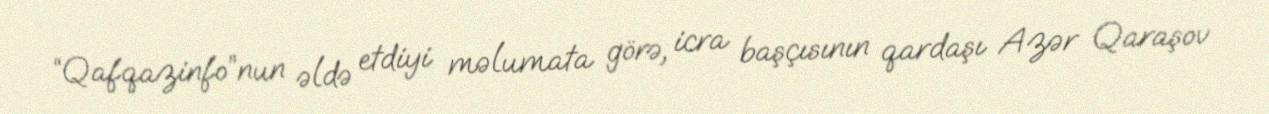
“Qafqazinfo”nun əldə etdiyi məlumata görə, icra başçısının qardaşı Azər Qaraşov